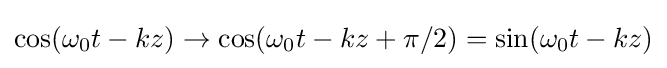
\cos(\omega _{0}t-kz)\to \cos(\omega _{0}t-kz+\pi /2)=\sin(\omega _{0}t-kz)